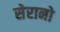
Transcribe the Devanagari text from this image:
सेरानो